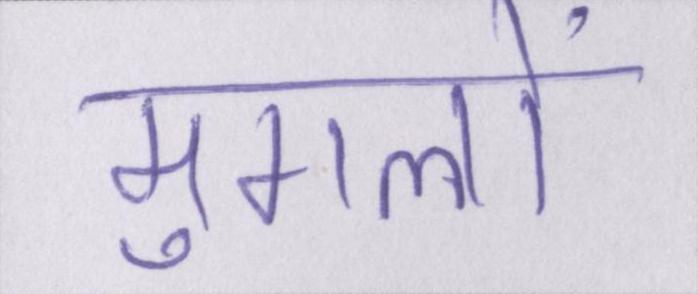
मुगलों